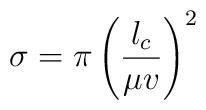
\sigma = \pi \left (\frac{l_c}{\mu v} \right)^2